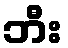
ဘီး